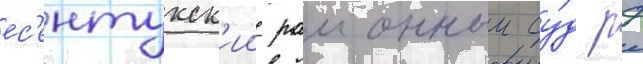
ес'ентукск'ии раионныи су́д рф